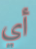
أي